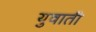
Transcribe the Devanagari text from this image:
युवाती